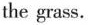
the grass.